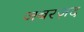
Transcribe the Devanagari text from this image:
जबरज़द